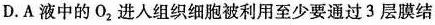
D. A 液中的O_{2} 进入组织细胞被利用至少要通过 3 层膜结